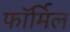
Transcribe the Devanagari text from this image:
फॉर्मिल